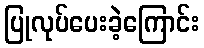
ပြုလုပ်ပေးခဲ့ကြောင်း